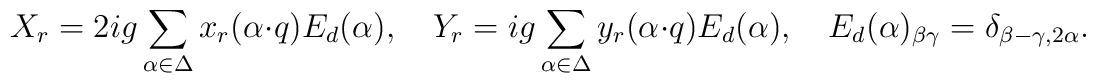
X_r=2ig\sum_{\alpha\in\Delta}x_{r}(\alpha\cdot q)E_{d}(\alpha),\quad	Y_r=ig\sum_{\alpha\in\Delta}y_{r}(\alpha\cdot q)E_{d}(\alpha),\quad	E_{d}(\alpha)_{\beta \gamma}=\delta_{\beta-\gamma,2\alpha}.